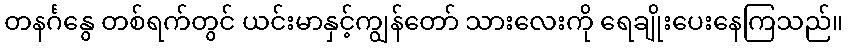
တနင်္ဂနွေ တစ်ရက်တွင် ယင်းမာနှင့်ကျွန်တော် သားလေးကို ရေချိုးပေးနေကြသည်။